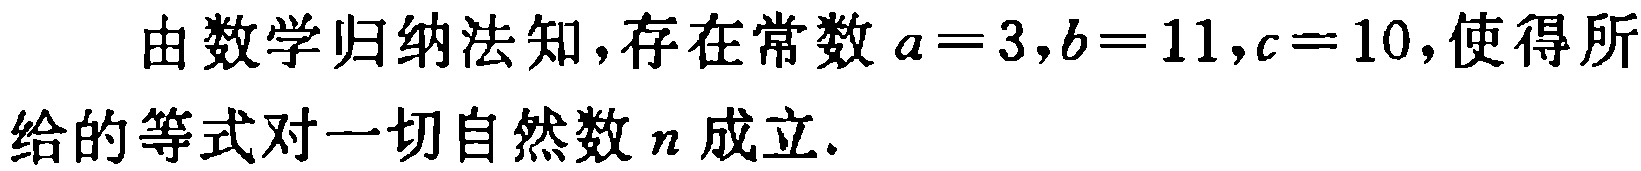
由数学归纳法知，存在常数\(a = 3,b = 11,c = 10\)，使得所给的等式对一切自然数\(n\)成立.